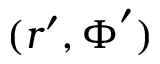
( \boldsymbol r ^ { \prime } , \boldsymbol \Phi ^ { \prime } )